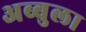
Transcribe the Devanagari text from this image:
अब्बुला